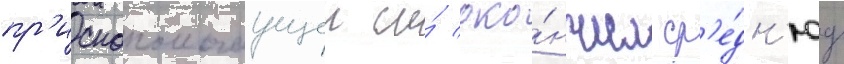
пр'иснопомогаущеи и́ око́нчил ср'е́дн'юу